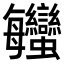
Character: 𧖦